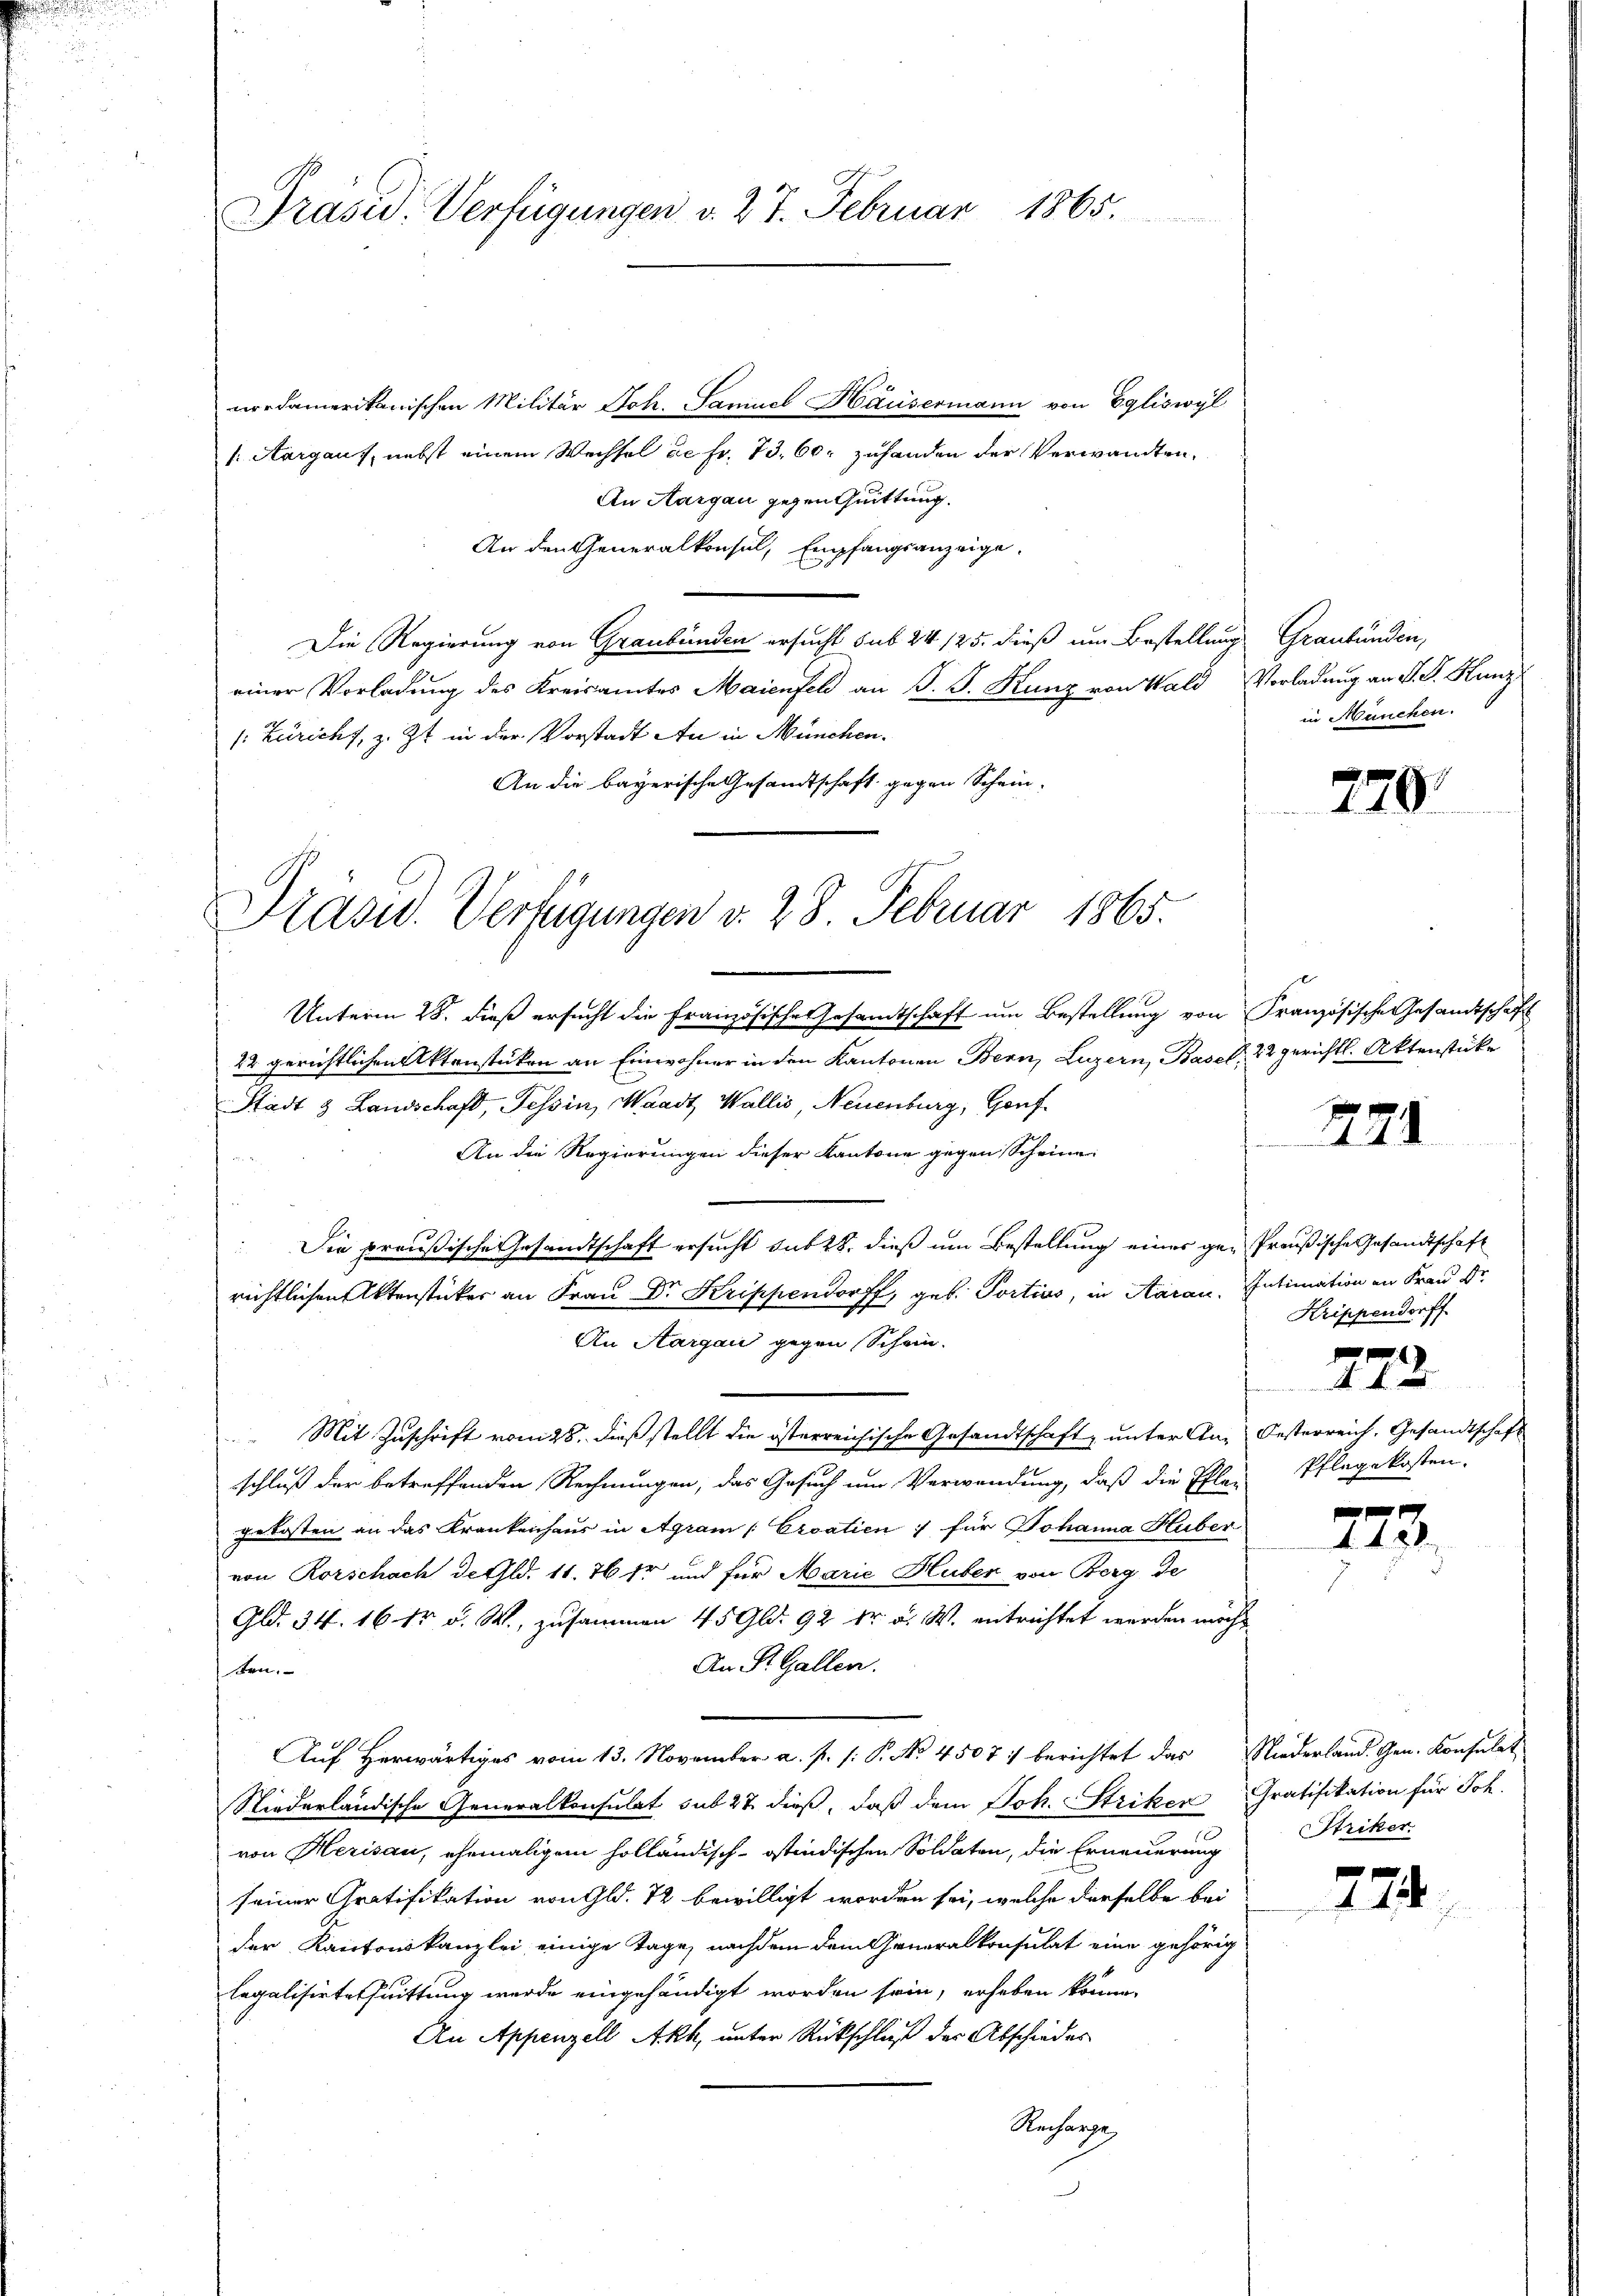
Präsid. Verfügungen v. 27. Februar 1865.

nordamerikanischen Militär Joh. Samuel Häusermann von Egliswyl
1. Aargaus, nebst einem Wechsel de fr. 73. 60. zuhanden der Verwandten,
An Aargau gegen Quittung.
An den Generalkonsul, Empfangsanzeige.
Die Regierung von Graubünden ersucht sub 24 125. dieß um Bestellung Graubünden,
einer Vorladung des Kreisamtes Maienfel an J. J. Kunz von Wald Vorladung an V. P. Kanz¬
1: Züricht, z. Zt. in der Vorstadt An in München.
An die bayerische Gesandtschaft gegen Schein-

Präsid. Verfügungen d. 28. Februar 1865.

in München.

Unterm 28. dieß ersucht die Französische Gesandtschaft um Bestellung von Französische Gesandtschaft
22 gerichtlichen Aktenstücken an Einwohner in den Kantonen Bern, Luzern, Basel 22 gerichtl. Aktenstücke
Stadt & Landschaft, Tessin, Waadt, Wallis, Neuenburg, Gonf¬
An die Regierungen dieser Kantone gegen Scheine
Die preußische Gesandtschaft ersucht sub 28. dieß um Bestellung eines ge- Preußische Gesandtschaft
richtlichen Aktenstücker an Frau Dr. Krippendorff, geb. Portius, in Aarau. Intimation in Frau Dr.
An Aargau gegen Schein.
 Mit Zuschrift vom 28. dieß stellt die österreichische Gesandtschaft unter Anschluß der betreffenden Rechnungen, das Gesuch um Verwendung, daß die Pfler
gekosten an das Krankenhaus in Agram [Eroatien ; für Johanna Huber
von Rorschach de Gld. 11. 76 fr und für Marie Huber von Berg de
Gld. 34. 16 12 d. W., zusammen 45 Gld. 92 kr. a. W. entrichtet werden möcht
An St. Gallen.
ben.
Auf herwärtiges vom 13. November a. p. /: P. No 4507 : berichtet das Niederland. Gen. Konsulat
Niederländische Generalkonsulat sub 27 dieß, daß dem Joh. Striken Gratifikation für Joh.
von Herisau, ehemaligem holländisch-östindischen Soldaten, die Erneuerung
seiner Gratifikation von Gld. 72 bewilligt worden sei, welche derselbe bei
der Kantonskanzlei einige Tage, nachdem dem Generalkonsulat eine gehörig
legalisirtes Quittung werde eingehändigt worden sein, erheben könne.
An Appenzell Akh, unter Rückschluß der Abschieder
Recharge

270.

471

Krippendorff

772
Oesterreich. Gesandtschaft
Pflegekosten.

x
4. 42

Striker

774.